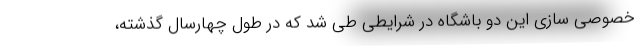
خصوصی سازی این دو باشگاه در شرایطی طی شد که در طول چهارسال گذشته،